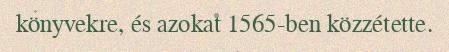
könyvekre, és azokat 1565-ben közzétette.